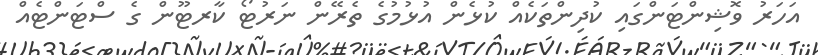
އަހަރު ވޮޝިންޓަންގައި ކުދިންތަކެއް ކުޅެން އުޅުމުގެ ތެރޭން ނަރުޓޯ ކާރޓޫން ގެ ސްޓަންޓެއް